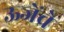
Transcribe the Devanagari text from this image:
ऊजेंचे